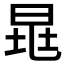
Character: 𣆷